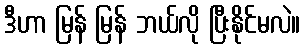
ဒီဟာ မြန် မြန် ဘယ်လို ပြီးနိုင်မလဲ။